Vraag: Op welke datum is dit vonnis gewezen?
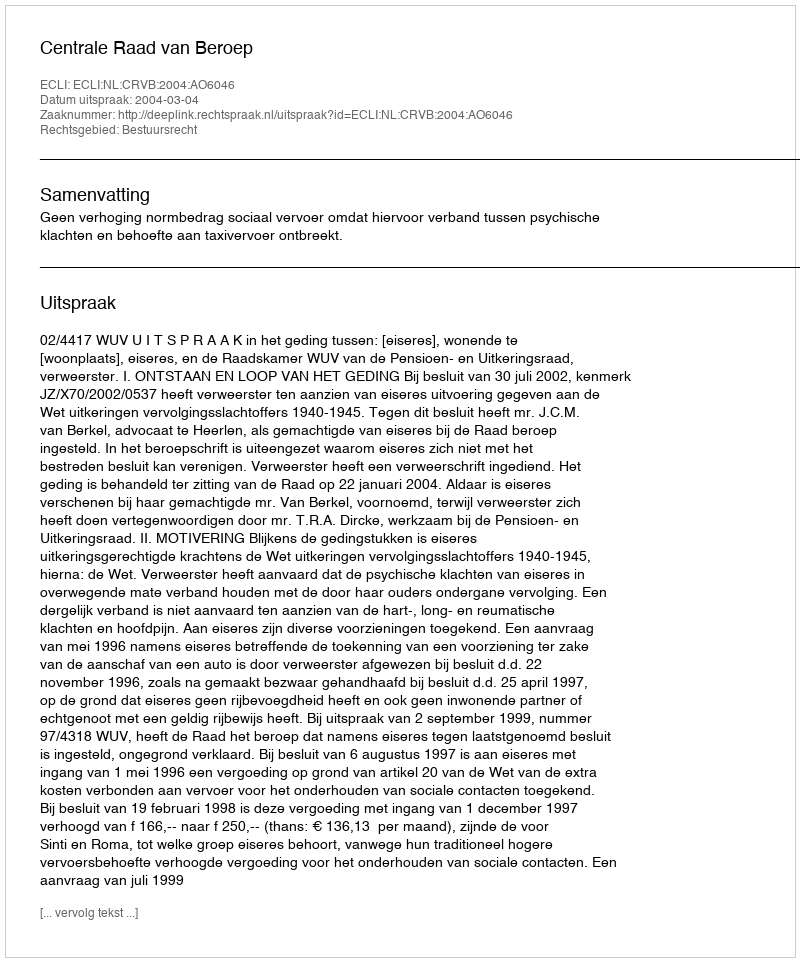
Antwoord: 2004-03-04